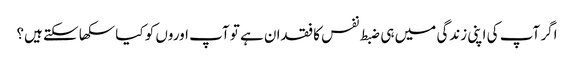
اگر آپ کی اپنی زندگی میں ہی ضبط نفس کا فقدان ہے تو آپ اوروں کو کیا سکھا سکتے ہیں؟